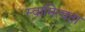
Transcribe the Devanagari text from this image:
स्वामित्वता